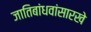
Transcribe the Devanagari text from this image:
जातिबांधवांसारखे